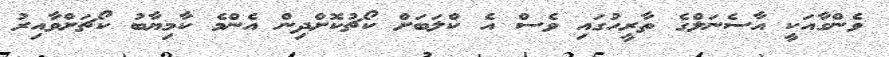
ވެންގާއަކީ އާސެނަލްގެ ތާރީހުގައި ވެސް އެ ކްލަބަށް ކޯޗުކޮށްދިން އެންމެ ކާމިޔާބު ކޯޗަށްވާއިރު